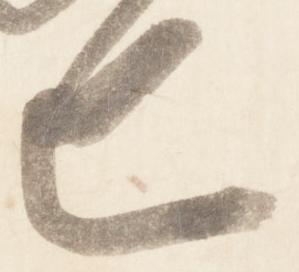
巴